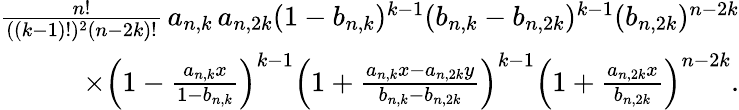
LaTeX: \begin{array}{r}{\frac{n!}{((k-1)!)^{2}(n-2k)!}\, a_{n,k}\, a_{n,2k}(1-b_{n,k})^{k-1}(b_{n,k}-b_{n,2k})^{k-1}(b_{n,2k})^{n-2k}}\\ {\times\Big(1-\frac{a_{n,k}x}{1-b_{n,k}}\Big)^{k-1}\Big(1+\frac{a_{n,k}x-a_{n,2k}y}{b_{n,k}-b_{n,2k}}\Big)^{k-1}\Big(1+\frac{a_{n,2k}x}{b_{n,2k}}\Big)^{n-2k}.}\end{array}